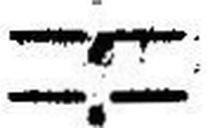
—.—